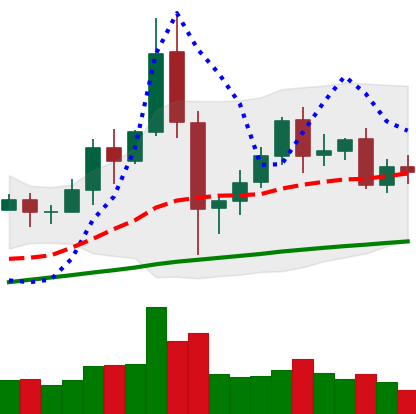
Ticker: BNB-USD
Chart end date: 2020-12-06
Forward return: -7.379%
Label: down_7plus